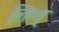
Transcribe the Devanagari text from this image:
लिण्